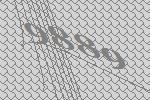
9889